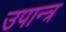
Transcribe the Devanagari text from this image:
उपान्त्र